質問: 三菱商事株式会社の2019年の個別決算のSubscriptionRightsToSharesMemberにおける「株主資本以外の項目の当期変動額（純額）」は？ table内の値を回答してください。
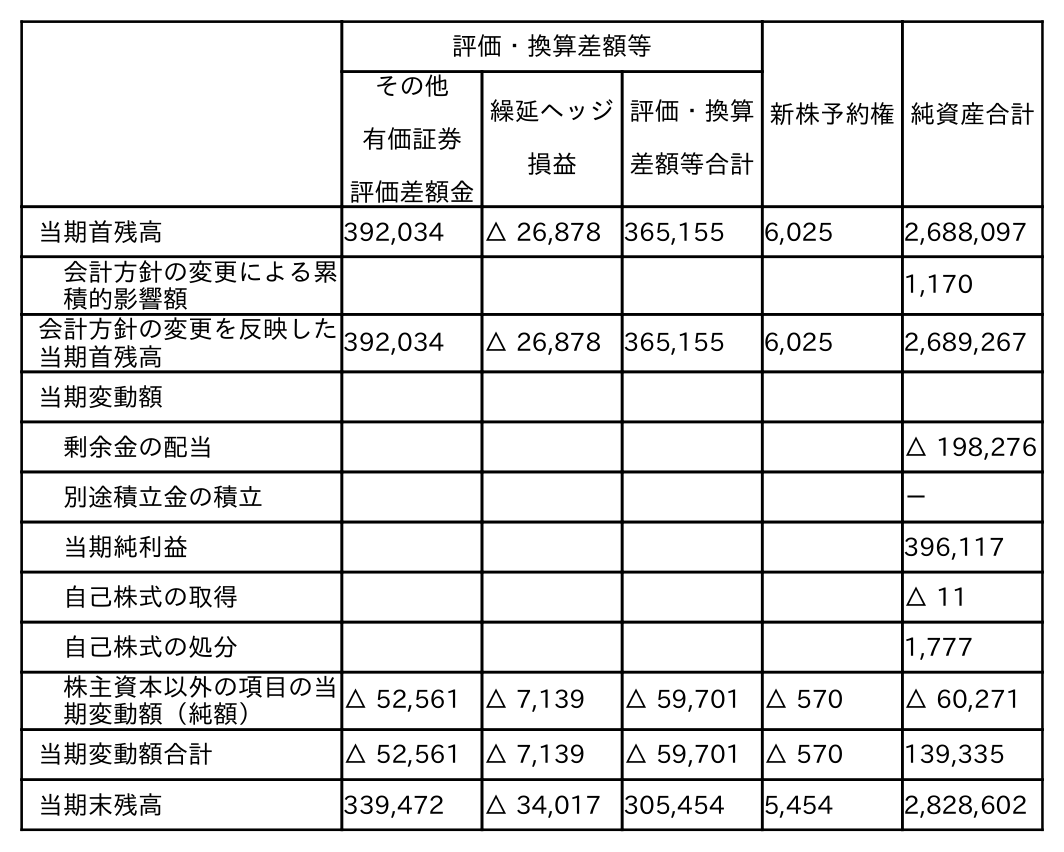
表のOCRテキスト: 評価・換算差額等 新株予約権純資産合計 その他 有価証券 評価差額金 繰延ヘッジ 損益 評価・換算 差額等合計 当期首残高 392,034 △ 26,878 365,155 6,025 2,688,097 会計方針の変更による累 積的影響額 1,170 会計方針の変更を反映した 当期首残高 392,034 △ 26,878 365,155 6,025 2,689,267 当期変動額 剰余金の配当 △ 198,276 別途積立金の積立 － 当期純利益 396,117 自己株式の取得 △ 11 自己株式の処分 1,777 株主資本以外の項目の当 期変動額（純額） △ 52,561 △ 7,139 △ 59,701 △ 570 △ 60,271 当期変動額合計 △ 52,561 △ 7,139 △ 59,701 △ 570 139,335 当期末残高 339,472 △ 34,017 305,454 5,454 2,828,602
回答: △570